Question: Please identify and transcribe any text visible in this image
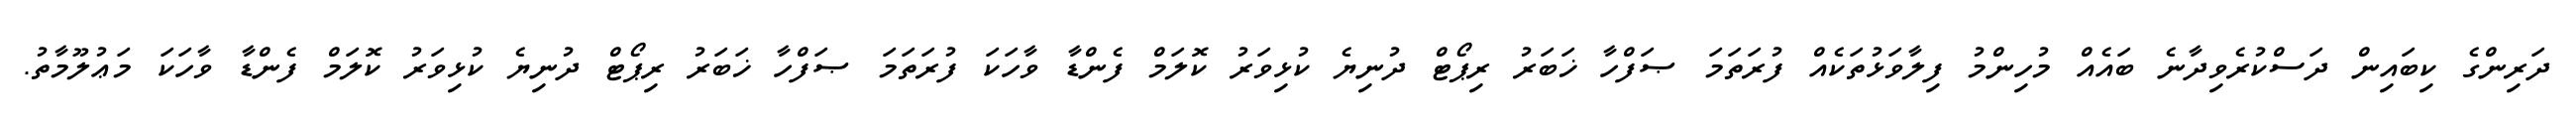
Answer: ދަރިންގެ ކިބައިން ދަސްކުރެވިދާނެ ބައެއް މުހިންމު ފިލާވަޅުތަކެއް ފުރަތަމަ ޞަފްހާ ޚަބަރު ރިޕޯޓް ދުނިޔެ ކުޅިވަރު ކޮލަމް ފެންޑާ ވާހަކަ ފުރަތަމަ ޞަފްހާ ޚަބަރު ރިޕޯޓް ދުނިޔެ ކުޅިވަރު ކޮލަމް ފެންޑާ ވާހަކަ މަޢުލޫމާތު.